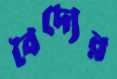
বৈদ্যের